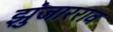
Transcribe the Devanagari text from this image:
झुंजारराव